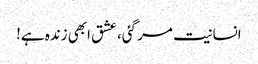
انسانیت مر گئی، عشق ابھی زندہ ہے!